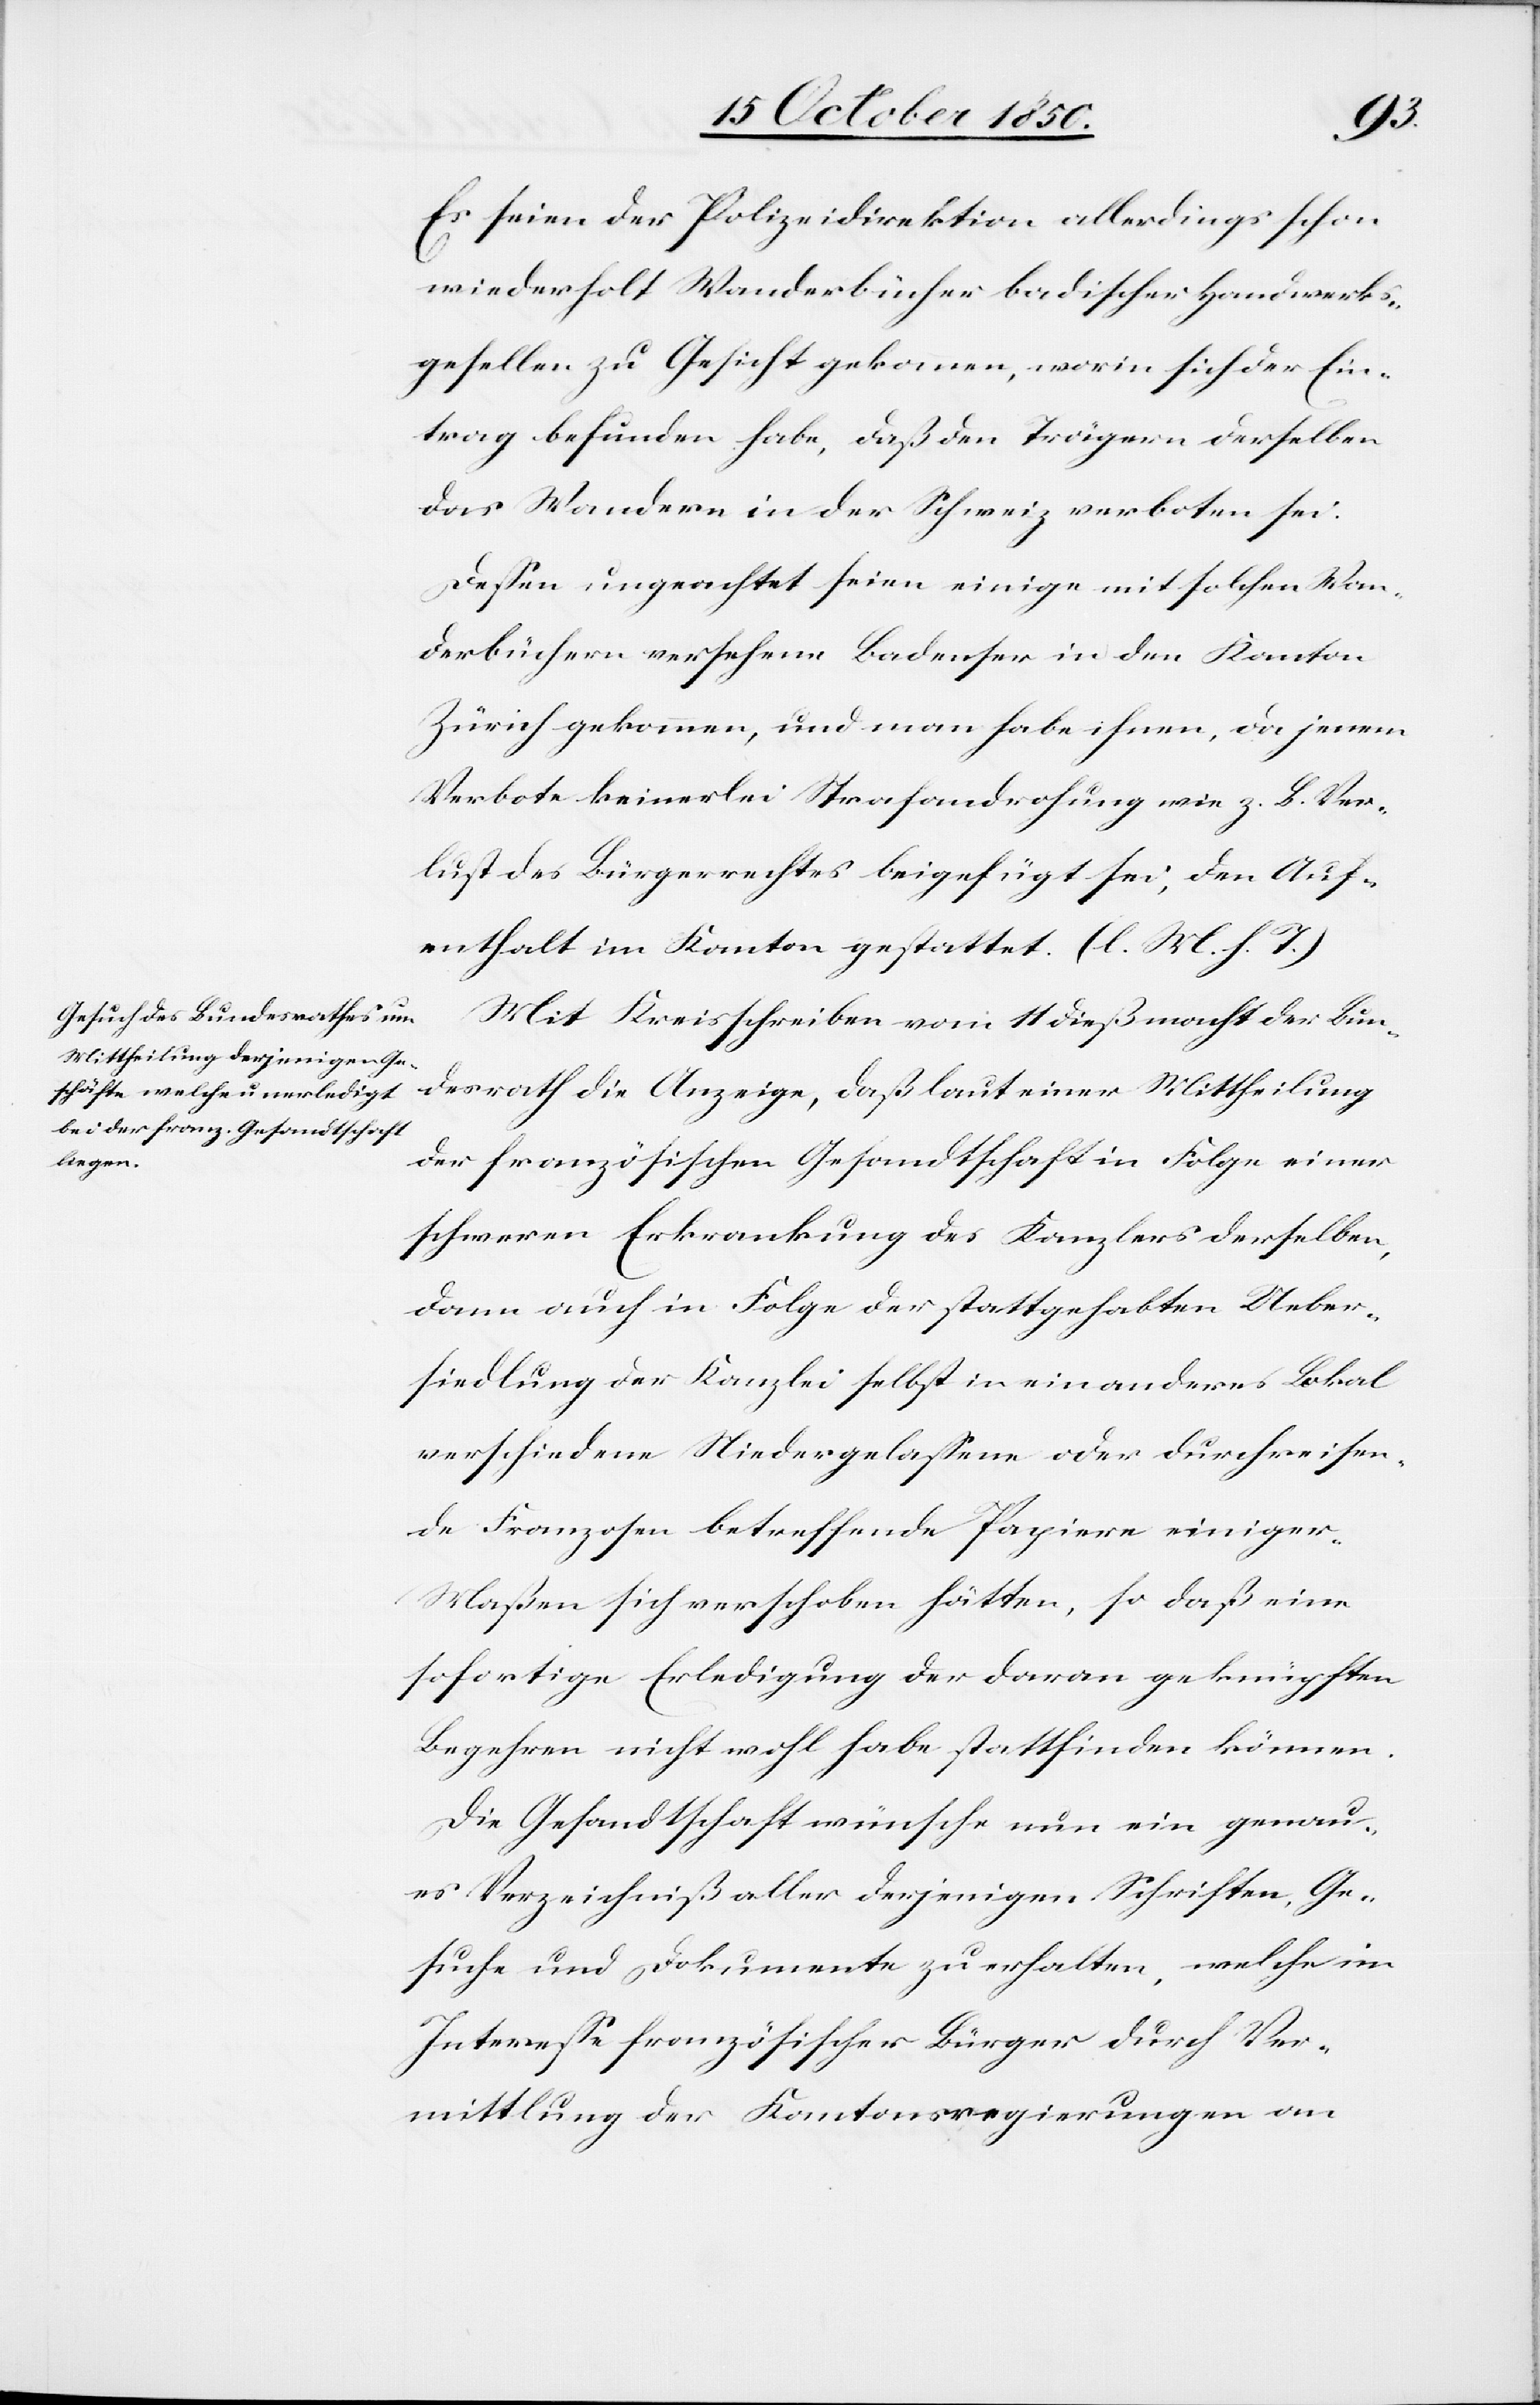
Es seien der Polizeidirektion allerdings schon
wiederholt Wanderbücher badischer Handwerks¬
gesellen zu Gesicht gekommen, worin sich der Ein¬
trag befunden habe, daß den Trägern derselben
das Wandern in der Schweiz verboten sei.
Dessen ungeachtet seien einige mit solchen Wan¬
derbüchern versehene Badenser in den Kanton
Zürich gekommen, und man habe ihnen, da jenem
Verbote keinerlei Strafandrohung wie z. B. Ver¬
lust des Bürgerrechtes beigefügt sei, den Auf¬
enthalt im Kanton gestattet. (l. M. h. T.)
Mit Kreisschreiben vom 11 dieß macht der Bun¬
desrath die Anzeige, daß laut einer Mittheilung
der französischen Gesandtschaft in Folge einer
schweren Erkrankung des Kanzlers derselben,
dann auch in Folge der stattgehabten Ueber¬
siedlung der Kanzlei selbst in ein anderes Lokal
verschiedene Niedergelassene oder durchreisen¬
de Franzosen betreffende Papiere einiger
Maßen sich verschoben hätten, so daß eine
sofortige Erledigung der daran geknüpften
Begehren nicht wohl habe stattfinden können.
Die Gesandtschaft wünsche nun ein genau¬
es Verzeichniß aller derjenigen Schriften, Ge¬
suche und Dokumente zu erhalten, welche im
Interesse französischer Bürger durch Ver¬
mittlung der Kantonsregierungen an